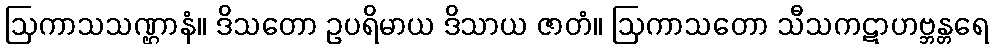
ဩကာသသဏ္ဌာနံ။ ဒိသတော ဥပရိမာယ ဒိသာယ ဇာတံ။ ဩကာသတော သီသကဋာဟဗ္ဘန္တရေ